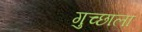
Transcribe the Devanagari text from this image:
गुच्छाला